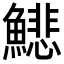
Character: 𩻺